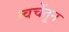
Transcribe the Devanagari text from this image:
त्वचेंतून